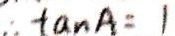
\therefore \tan A = 1